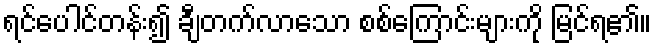
ရင်ပေါင်တန်း၍ ချီတက်လာသော စစ်ကြောင်းများကို မြင်ရ၏။